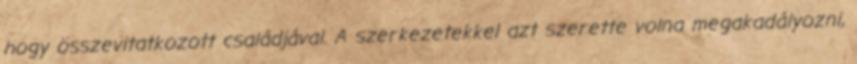
hogy összevitatkozott családjával. A szerkezetekkel azt szerette volna megakadályozni,